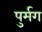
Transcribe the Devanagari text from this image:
पुर्मग